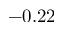
- 0 . 2 2